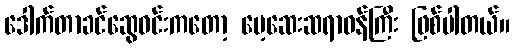
ဒေါက်တာခင်ဆွေဝင်းကတော့ မေ့ဆေးဆရာဝန်ကြီး ဖြစ်ပါတယ်။